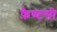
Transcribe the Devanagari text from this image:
फ़ैण्टसी